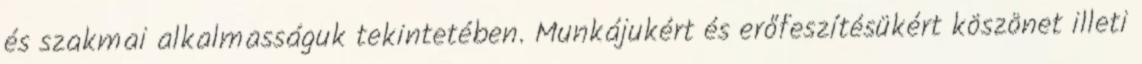
és szakmai alkalmasságuk tekintetében. Munkájukért és erőfeszítésükért köszönet illeti